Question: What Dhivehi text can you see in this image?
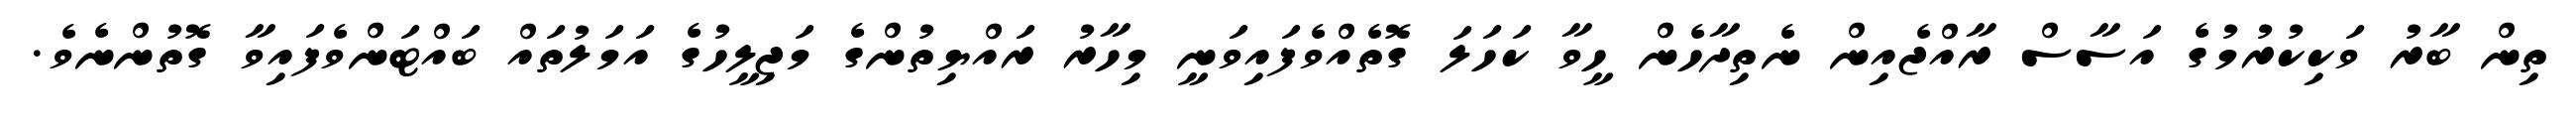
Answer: ތިން ބާރު ވަކިކުރުމުގެ އަސާސް ރާއްޖެއިން ނެތިދާހެން ހީވާ ކަހަލަ ގޮތެއްވެފައިވަނީ މިހާރު ރައްޔިތުންގެ މަޖިލީހުގެ އަމަލުތައް ބައްޓަންވެފައިވާ ގޮތުންނެވެ.